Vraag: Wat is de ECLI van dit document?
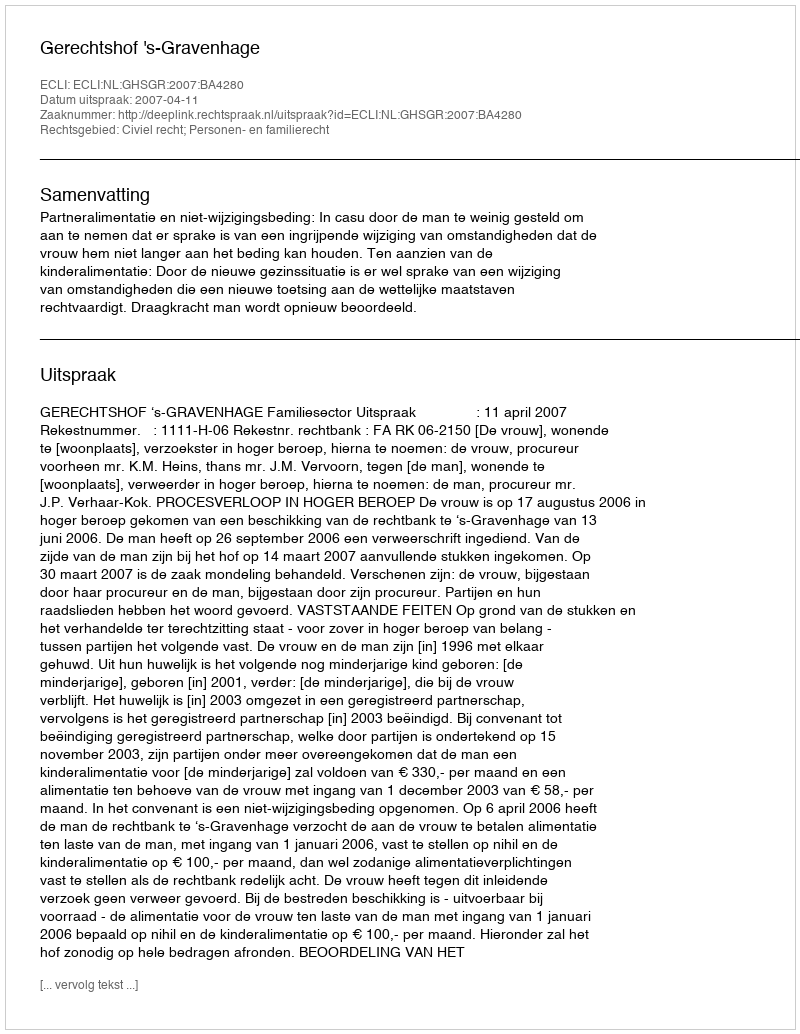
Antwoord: ECLI:NL:GHSGR:2007:BA4280